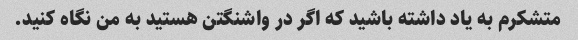
متشکرم به یاد داشته باشید که اگر در واشنگتن هستید به من نگاه کنید.